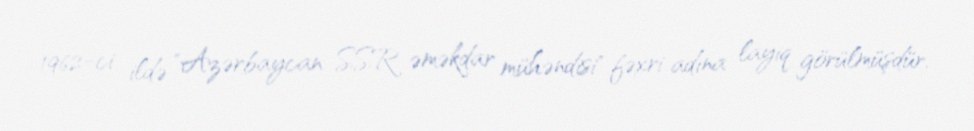
1962-ci ildə "Azərbaycan SSR əməkdar mühəndisi" fəxri adına layiq görülmüşdür.